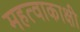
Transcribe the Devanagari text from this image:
महत्वाकाक्षी